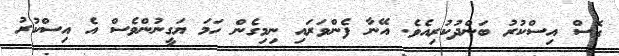
ގޮސް އިސްކުރު ބަންދުކުރިއެވެ. އޭނާ ފެންވަރައި ނިމިގެން ހަމަ ޔަގީނުންވެސް އެ އިސްކުރު